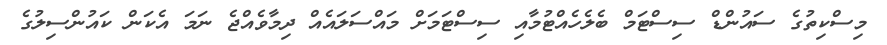
މިސްކިތުގެ ސައުންޑް ސިސްޓަމް ބެލެހެއްޓުމާއި ސިސްޓަމަށް މައްސަލައެއް ދިމާވެއްޖެ ނަމަ އެކަން ކައުންސިލުގެ